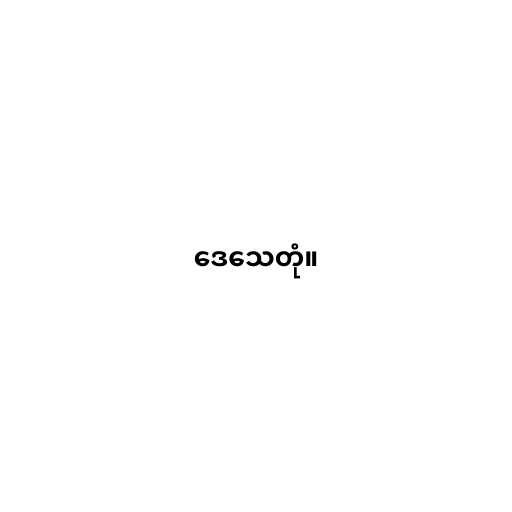
ဒေသေတုံ။